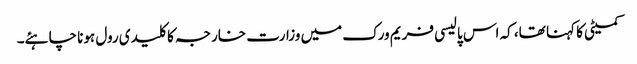
کمیٹی کا کہنا تھا، کہ اس پالیسی فریم ورک میں وزارت خارجہ کا کلیدی رول ہونا چاہئے۔